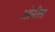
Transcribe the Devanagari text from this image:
ओनील